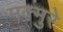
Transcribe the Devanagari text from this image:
मक्मुरे